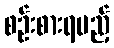
စဉ်းစားရမည့်